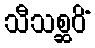
သီသစ္ဆဝိံ